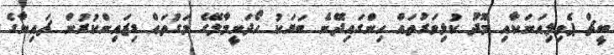
ބީޗް ޕެވިލިއަނަކާއި މޫދު ކުޅިވަރުތައް ހިންގައިދޭނެ ބަޔަކު ހޯދަނީމާލޭގެ މަގުތައް ޑިޒައިންކުރުން ޗައިނާގެ